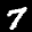
Label: 7